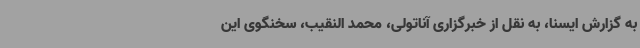
به گزارش ایسنا، به نقل از خبرگزاری آناتولی، محمد النقیب، سخنگوی این